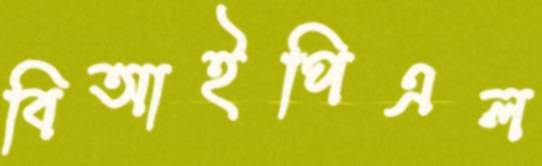
বিআইপিএল